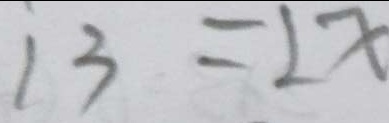
1 3 = 2 x